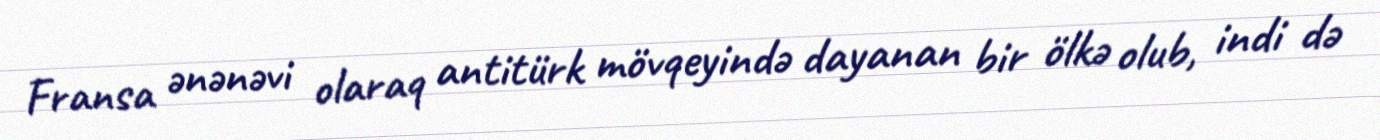
Fransa ənənəvi olaraq antitürk mövqeyində dayanan bir ölkə olub, indi də